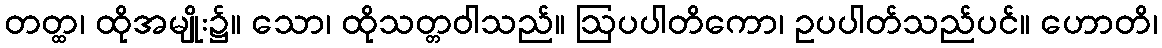
တတ္ထ၊ ထိုအမျိုး၌။ သော၊ ထိုသတ္တဝါသည်။ ဩပပါတိကော၊ ဥပပါတ်သည်ပင်။ ဟောတိ၊